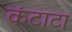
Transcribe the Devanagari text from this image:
कंटाटा